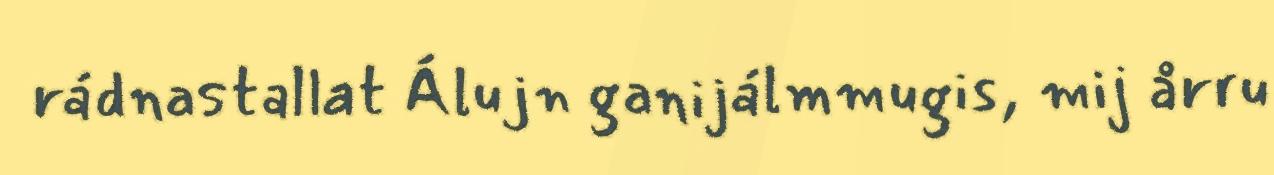
rádnastallat Álujn ganijálmmugis, mij årru